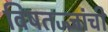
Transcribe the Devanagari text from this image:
विषतज्‍ज्ञांची